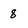
Character: 8